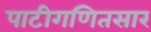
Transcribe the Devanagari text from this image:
पाटीगणितसार